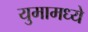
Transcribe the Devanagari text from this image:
युमामध्ये